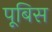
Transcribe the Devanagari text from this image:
पूबिस